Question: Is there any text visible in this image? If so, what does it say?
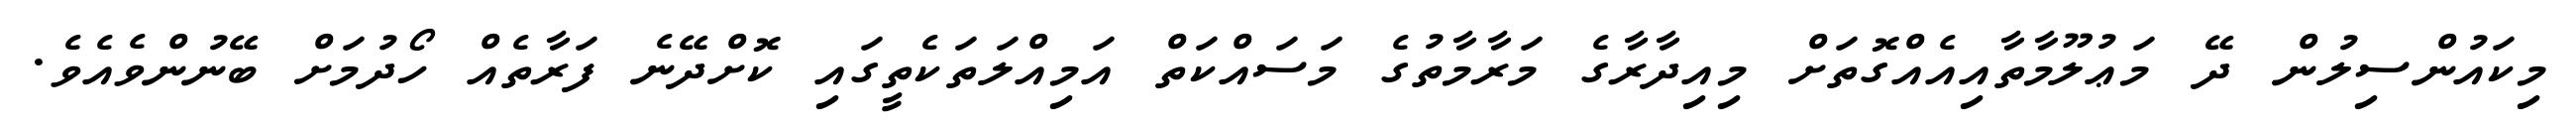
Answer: މިކައުންސިލުން ދޭ މަޢުލޫމާތާއިއެއްގޮތަށް މިއިދާރާގެ މަރާމާތުގެ މަސައްކަތް އަމިއްލަތަކެތީގައި ކޮށްދޭނެ ފަރާތެއް ހޯދުމަށް ބޭނުންވެއެވެ.